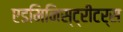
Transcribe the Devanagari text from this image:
एडमिनिस्ट्रीटर्स